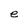
Character: e